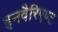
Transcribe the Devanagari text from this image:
इनवैरिएण्ट